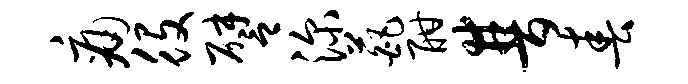
痛役譬深葩酣普春